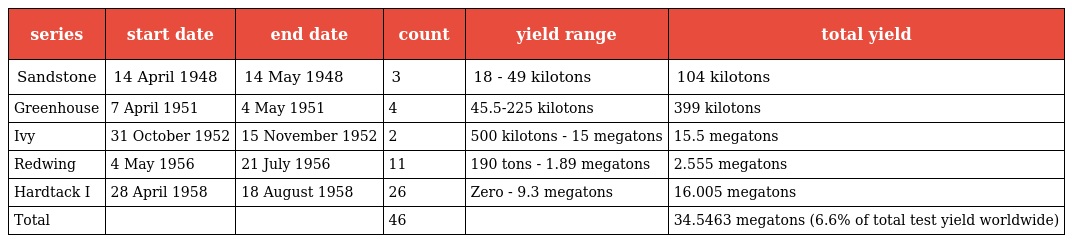
| series | start date | end date | count | yield range | total yield |
 | --- | --- | --- | --- | --- | --- |
 | Sandstone | 14 April 1948 | 14 May 1948 | 3 | 18 - 49 kilotons | 104 kilotons |
 | Greenhouse | 7 April 1951 | 4 May 1951 | 4 | 45.5-225 kilotons | 399 kilotons |
 | Ivy | 31 October 1952 | 15 November 1952 | 2 | 500 kilotons - 15 megatons | 15.5 megatons |
 | Redwing | 4 May 1956 | 21 July 1956 | 11 | 190 tons - 1.89 megatons | 2.555 megatons |
 | Hardtack I | 28 April 1958 | 18 August 1958 | 26 | Zero - 9.3 megatons | 16.005 megatons |
 | Total |  |  | 46 |  | 34.5463 megatons (6.6% of total test yield worldwide) |